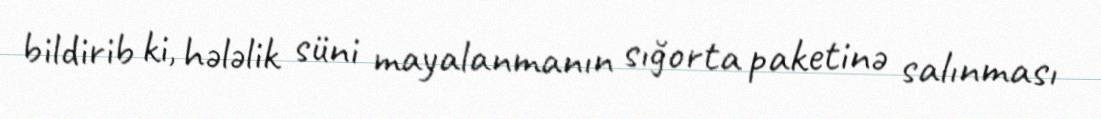
bildirib ki, hələlik süni mayalanmanın sığorta paketinə salınması